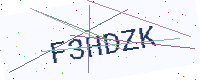
Text: F3HDZK